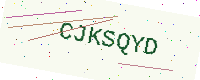
Text: CJKSQYD